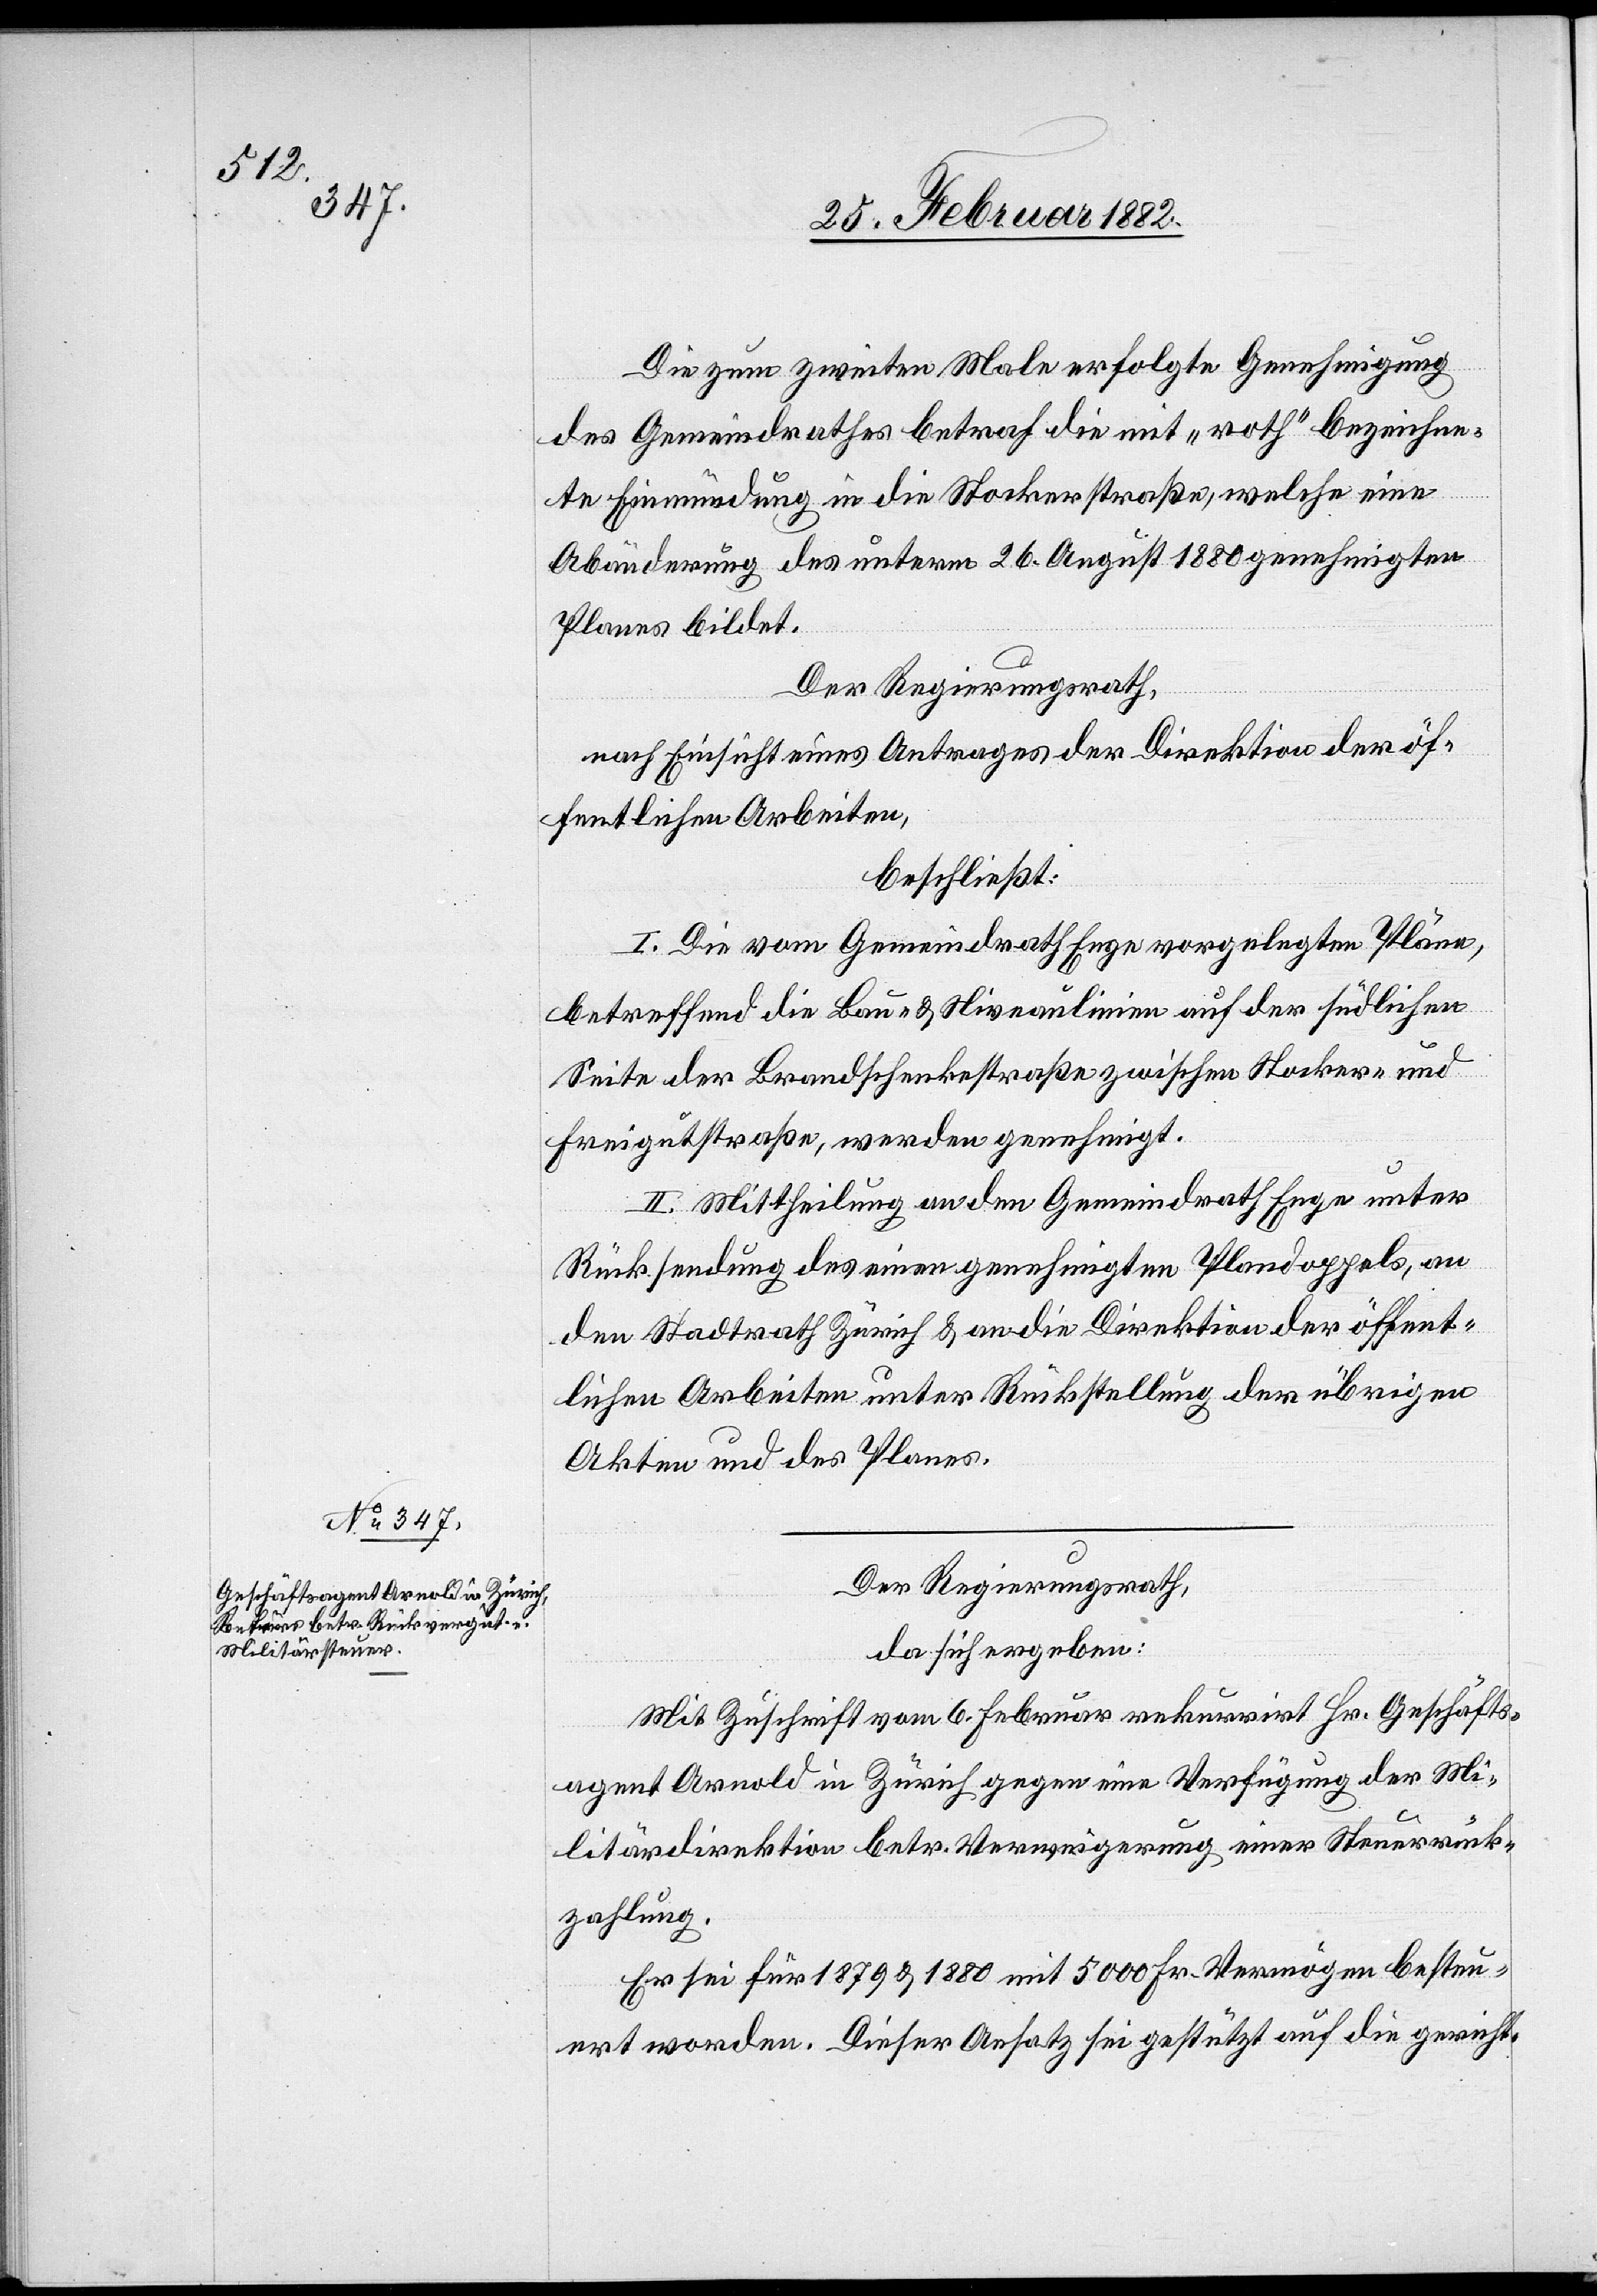
Die zum zweiten Male erfolgte Genehmigung
des Gemeindrathes betraf die nicht „roth“ bezeichne¬
te Einmündung in die Stockerstraße, welche eine
Abänderung des unterm 26. August 1880 genehmigten
Plans bildet.
Der Regierungsrath,
nach Einsicht eines Antrages der Direktion der öf¬
fentlichen Arbeiten,
beschließt:
I. Die vom Gemeindraht Enge vorgelegten Pläne,
betreffend die Bau- & Niveaulinien auf der südlichen
Seite der Brandschenkestraße zwischen Stocker- und
Freigutstraße, werden genehmigt.
II. Mittheilung an den Gemeindrath Enge unter
Rücksendung des einen genehmigten Plandoppels, an
den Stadtrath Zürich & an die Direktion der öffent¬
lichen Arbeiten unter Rückstellung der übrigen
Akten und des Planes.
Der Regierungsrath,
da sich ergeben:
Mit Zuschrift vom 6. Februar rekurrirt Hr. Geschäfts¬
agent Arnold in Zürich gegen eine Verfügung der Mi¬
litärdirektion betr. Verweigerung einer Steuerrück¬
zahlung.
Er sei für 1879 & 1880 mit 5000 Fr. Vermögen besteu¬
ert worden. Dieser Ansatz sei gestützt auf die gericht-